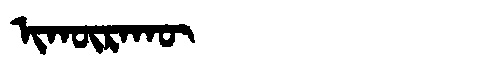
Manchu: ᡳᡴᡡᡵᠠᡴᡡ
Romanization: IKŪRAKŪ